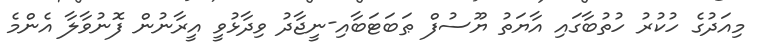
މިއަދުގެ ހުކުރު ހުތުބާގައި އާޔަތު ޔޫސުފް ޠަބަޓަބާއި-ނީޖާދު ވިދާޅުވީ އީރާނުން ފޮނުވާލާ އެންމެ